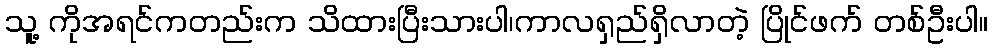
သူ့ ကိုအရင်ကတည်းက သိထားပြီးသားပါ၊ကာလရှည်ရှိလာတဲ့ ပြိုင်ဖက် တစ်ဦးပါ။